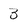
Character: 3